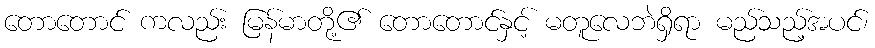
တောတောင် ကလည်း မြန်မာတို့၏ တောတောင်နှင့် မတူလေဘဲရှိရာ မည်သည့်အပင်၊